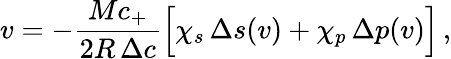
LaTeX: v=-\frac{Mc_{+}}{2R\, \Delta c}\Big[\chi_{s}\, \Delta s(v)+\chi_{p}\, \Delta p(v)\Big]\, ,